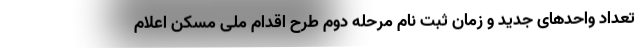
تعداد واحدهای جدید و زمان ثبت نام مرحله دوم طرح اقدام ملی مسکن اعلام